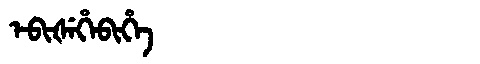
Manchu: ᡝᠪᡳᡧᡝᡥᡝᠪᡳᡥᡝ
Romanization: EBIŠEHEBIHE